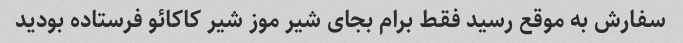
سفارش به موقع رسید فقط برام بجای شیر موز شیر کاکائو فرستاده بودید